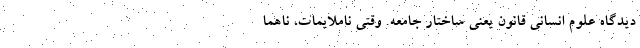
دیدگاه علوم انسانی قانون یعنی ساختار جامعه. وقتی ناملایمات، ناهما